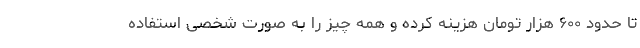
تا حدود ۶۰۰ هزار تومان هزینه کرده و همه چیز را به صورت شخصی استفاده